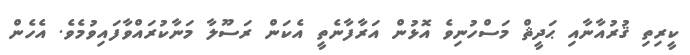
ކީރިތި ޤުރުއާނާއި ޙަދީޘް މަސްހުނިވެ އޮޅުން އަރާފާނެތީ އެކަން ރަސޫލާ މަނާކުރައްވާފައިވުމެވެ. އެހެން